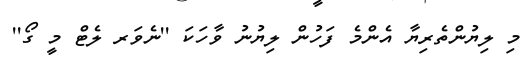
މި ލިޔުންތެރިޔާ އެންމެ ފަހުން ލިޔުނު ވާހަކަ ''ނެވަރ ލެޓް މީ ގޯ''